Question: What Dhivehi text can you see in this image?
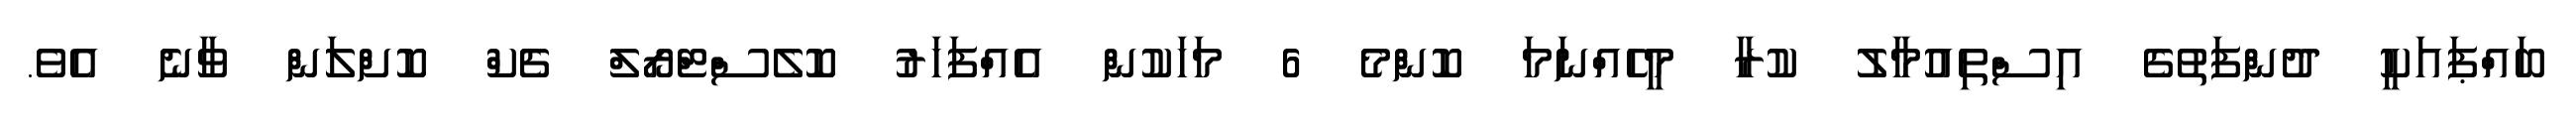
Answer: ބައްޕައަކީ ދުންފަތުގެ އިސްތިއުމާލު ކުރާ މީހެއްނަމަ ކޮންމެ 6 މަހަކުން އެއްފަހަރު ކޮލެސްޓްރޯލް ޗެކް ކޮށްލަން ވާނެ އެވެ.